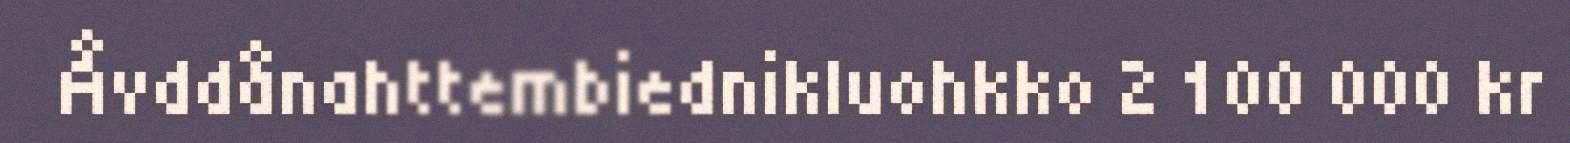
Åvddånahttembiednikluohkko 2 100 000 kr